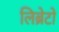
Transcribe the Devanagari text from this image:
लिब्रेटो